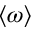
\langle \omega \rangle